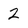
Character: 2